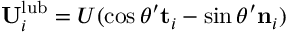
\mathbf { U } _ { i } ^ { \mathrm { l u b } } = U ( \cos \theta ^ { \prime } \mathbf { t } _ { i } - \sin \theta ^ { \prime } \mathbf { n } _ { i } )